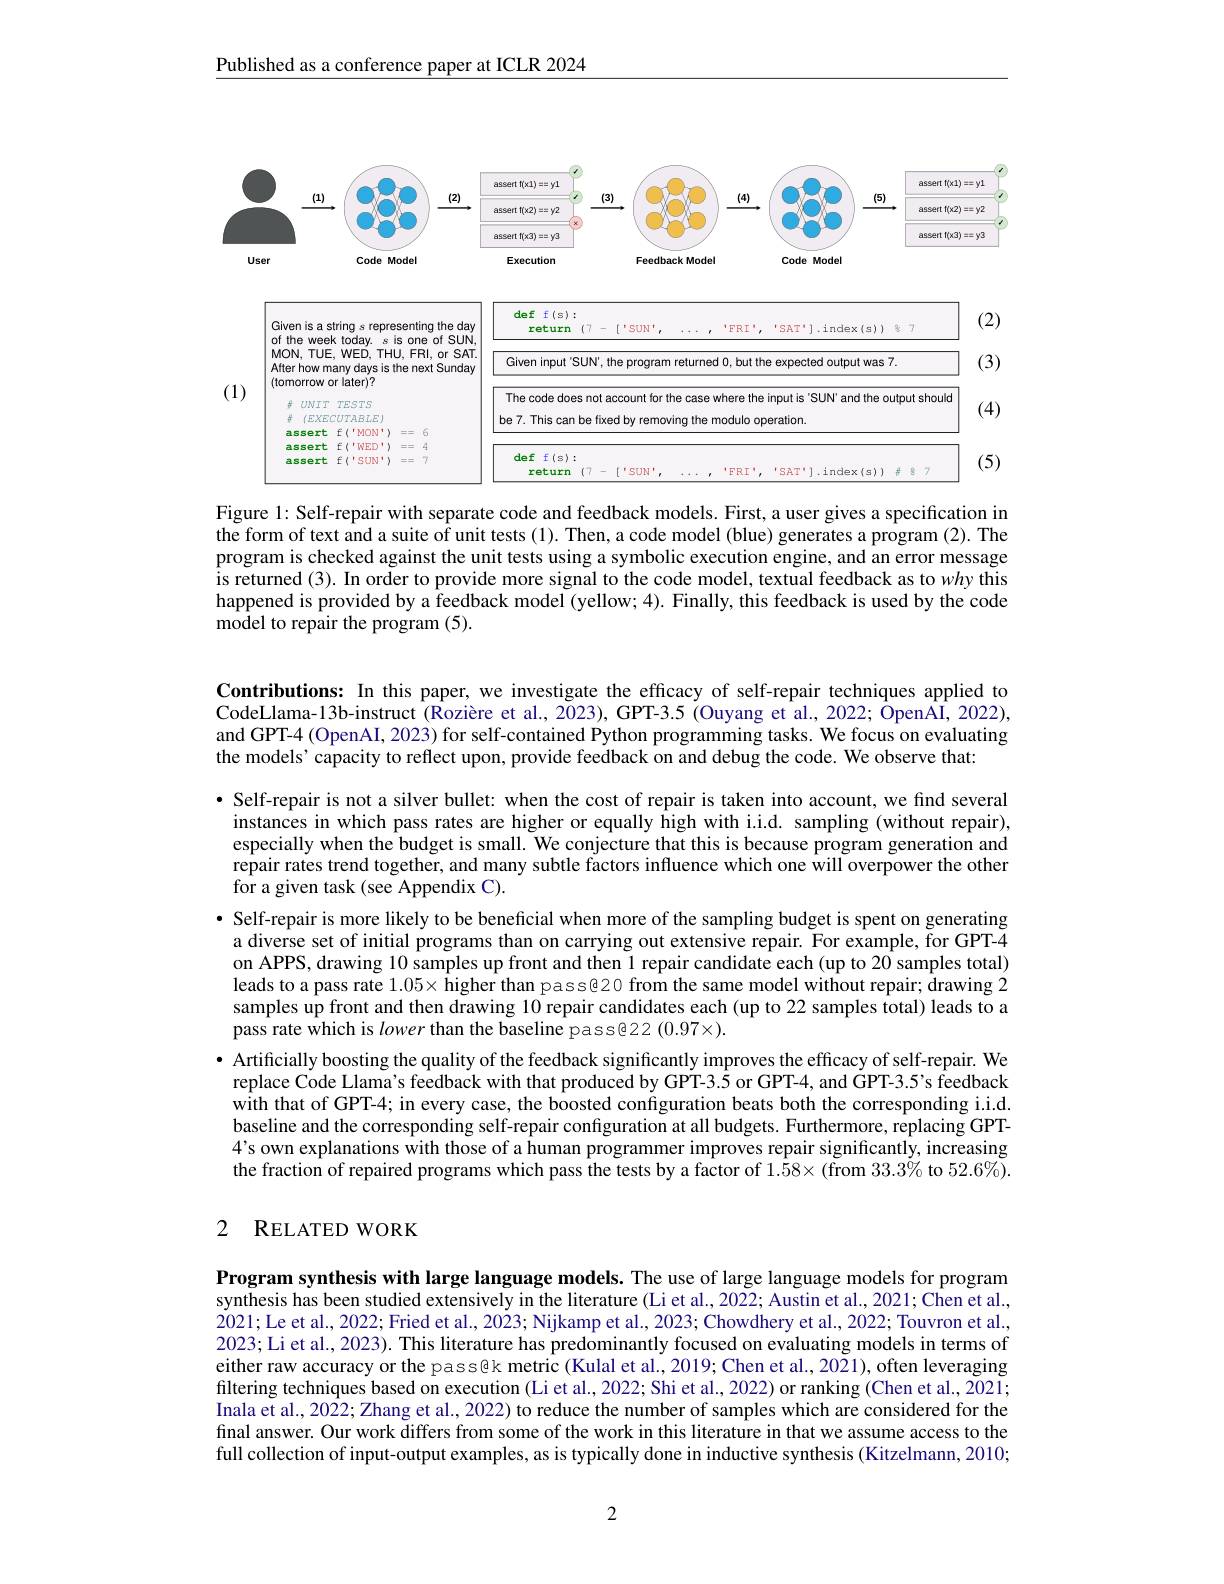
Published as a conference paper at ICLR 2024

<FigureHere>

Figure 1: Self-repair with separate code and feedback models. First, a user gives a specification in $\tilde{\text{the form of text and a suite of unit tests (1). Then, a code model (blue) generates a program (2). The}}$ program is checked against the unit tests using a symbolic execution engine, and an error message is returned (3). In order to provide more signal to the code model, textual feedback as to why this happened is provided by a feedback model (yellow; 4). Finally, this feedback is used by the code model to repair the program (5).

Contributions: In this paper, we investigate the efficacy of self-repair techniques applied to CodeLlama-13b-instruct (Rozière et al., 2023), GPT-3.5 (Ouyang et al., 2022; ÔpenÂÎ, 2022), and GPT-4 (OpenAI, 2023) for self-contained Python programming tasks. We focus on evaluating the models' capacity to reflect upon, provide feedback on and debug the code. We observe that:
·Self-repair is not a silver bullet: when the cost of repair is taken into account, we find several instances in which pass rates are higher or equally high with i.i.d. sampling (without repair), especially when the budget is small. We conjecture that this is because program generation and repair rates trend together, and many subtle factors influence which one will overpower the other for a given task (see Appendix C).
· Self-repair is more likely to be beneficial when more of the sampling budget is spent on generating
a diverse set of initial programs than on carrying out extensive repair. For example, for GPT-4 on APPS, drawing 10 samples up front and then 1 repair candidate each (up to 20 samples total) leads to a pass rate $1.05\times$ higher than pass@20 from the same model without repair; drawing 2 samples up front and then drawing 10 repair candidates each (up to 22 samples total) leads to a pass rate which is lower than the baseline pass@22 $(0.97\times).$
· Artificially boosting the quality of the feedback significantly improves the efficacy of self-repair. We replace Code Llamá's feedback with that produced by GPT-3.5 or GPT-4, and $\v{G}$PT-3.5's feedback with that of GPT-4; in every case, the boosted configuration beats both the corresponding i.i.d. baseline and the corresponding self-repair configuration at all budgets. Furthermore, replacing GPT- 4's own explanations with those of a human programmer improves repair significantly, increasing $\hat{\text{the fraction of repaired programs which pass the tests by a factor of }1.58\times(\text{from 33.3\% to 52.6\%})}.$

# 2 RELATED WORK

Program synthesis with large language models. The use of large language models for program synthesis has been studied extensively in the literature (Li et al., 2022; Austin et al., 2021; Chen et al., 2021;Le et al., 2022; Fried et al., 2023; Nijkamp et al., 2023; Chowdhery et al., 2022; Touvron et al. 2023; Li et al., 2023). This literature has predominantly focused on evaluating models in terms of either raw accuracy or the pass@k metric (Kulal et al., 2019; Chen et al., 2021), often leveraging filtering techniques based on execution (Li et al., 2022; Shi et al., 2022) or ranking (Chen et al., 2021; Inala et al., 2022; Zhang et al., 2022) to reduce the number of samples which are considered for the final answer. Our work differs from some of the work in this literature in that we assume access to the full collection of input-output examples, as is typically done in inductive synthesis (Kitzelmann, 2010;

2